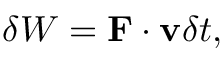
\delta W = \mathbf { F } \cdot \mathbf { v } \delta t ,